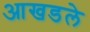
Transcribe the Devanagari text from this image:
आखडले